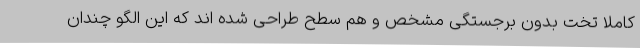
کاملا تخت بدون برجستگی مشخص و هم سطح طراحی شده اند که این الگو چندان